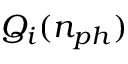
Q _ { i } ( n _ { p h } )